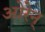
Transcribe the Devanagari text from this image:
ओरेन्